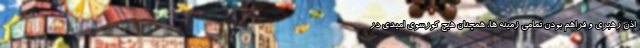
اذن رهبری و فراهم بودن تمامی زمینه ها، همچنان هیچ کورسوی امیدی در